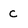
Character: c